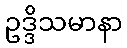
ဥဒ္ဒိသမာနာ